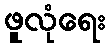
ဖူလုံရေး